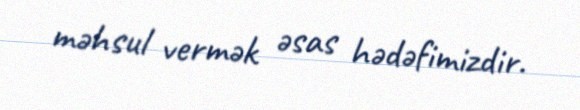
məhsul vermək əsas hədəfimizdir.